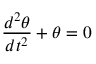
{ \frac { d ^ { 2 } \theta } { d t ^ { 2 } } } + \theta = 0